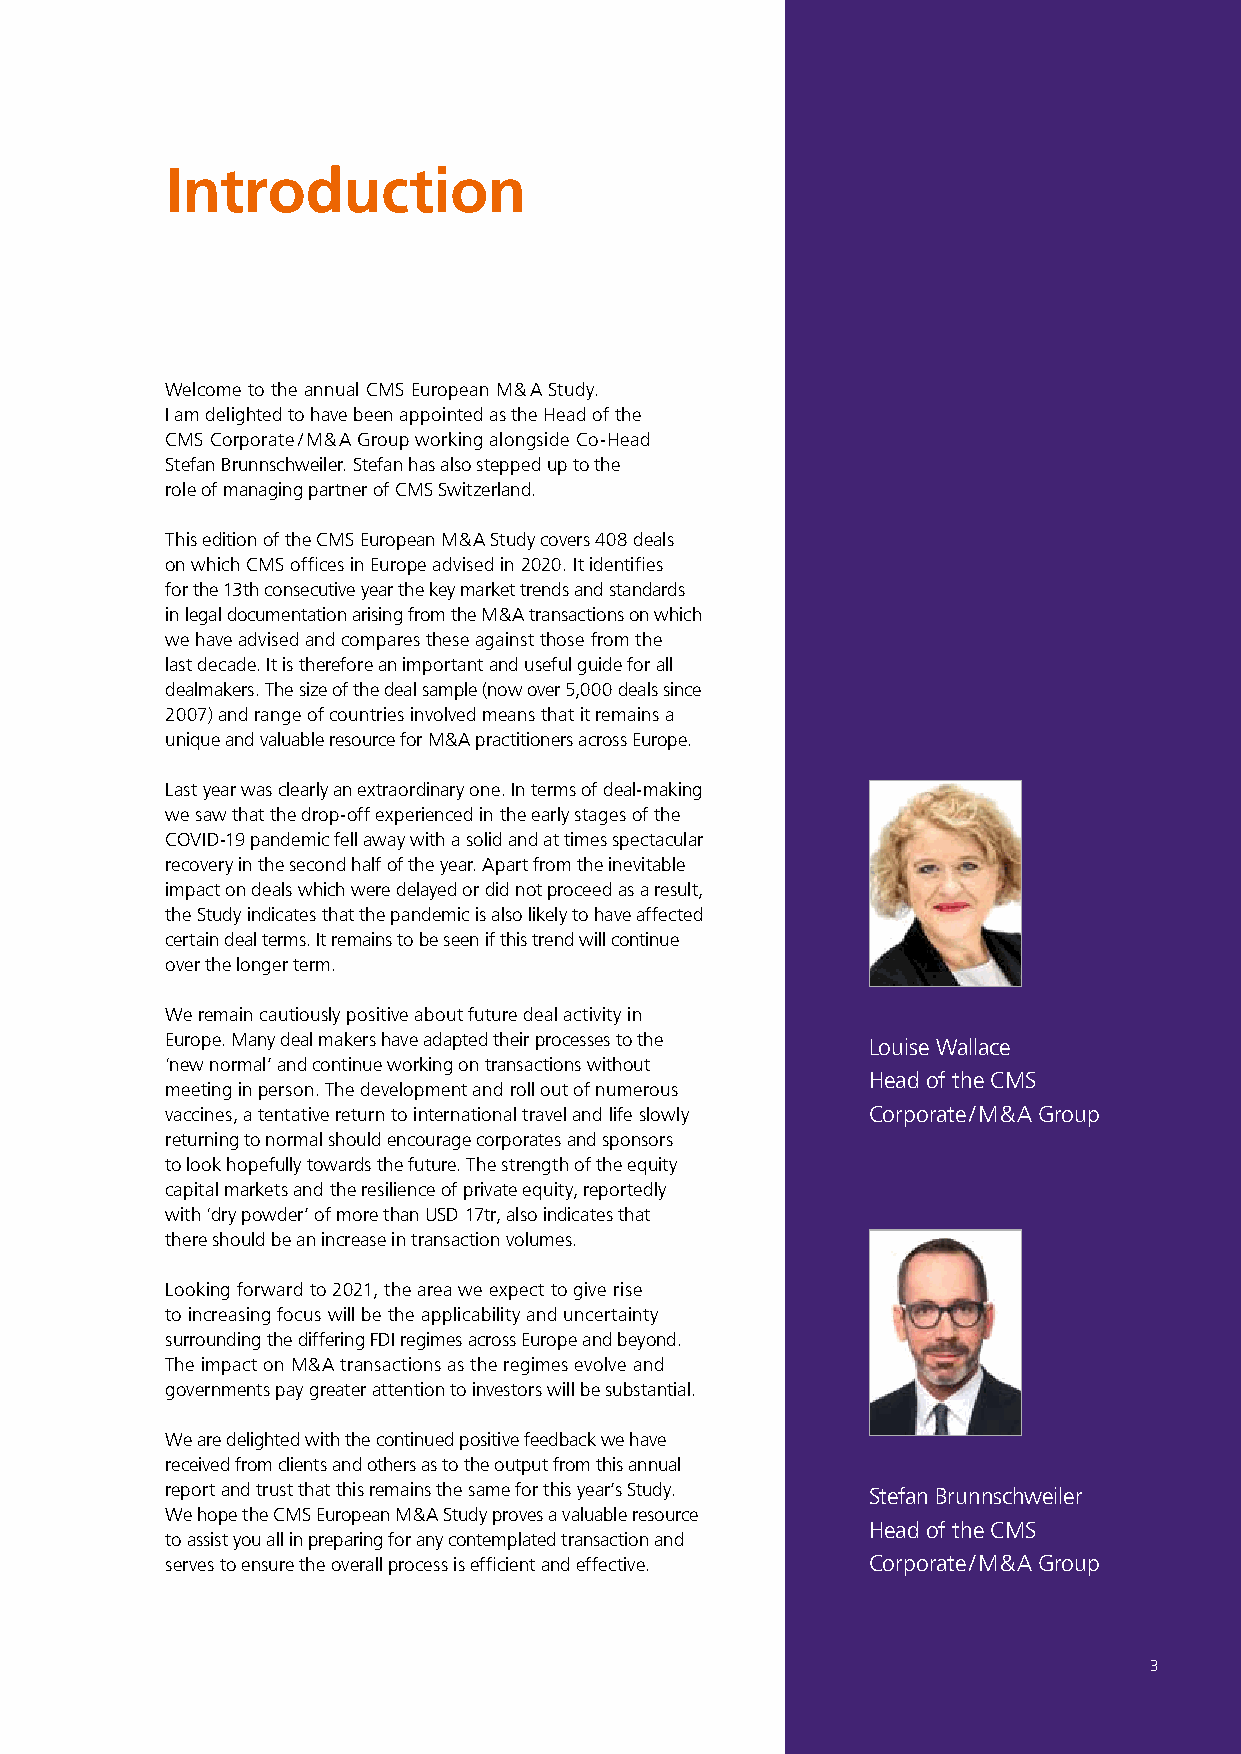
Introduction
 Welcome to the annual CMS European M & A Study.
 I am delighted to have been appointed as the Head of the
 CMS Corporate / M & A Group working alongside Co-Head
 Stefan Brunnschweiler. Stefan has also stepped up to the
 role of managing partner of CMS Switzerland.
 This edition of the CMS European M & A Study covers 408 deals
 on which CMS offices in Europe advised in 2020. It identifies
 for the 13th consecutive year the key market trends and standards
 in legal documentation arising from the M & A transactions on which
 we have advised and compares these against those from the
 last decade. It is therefore an important and useful guide for all
 dealmakers. The size of the deal sample (now over 5,000 deals since
 2007) and range of countries involved means that it remains a
 unique and valuable resource for M & A practitioners across Europe.
 Last year was clearly an extraordinary one. In terms of deal-making
 we saw that the drop-off experienced in the early stages of the
 COVID-19 pandemic fell away with a solid and at times spectacular
 recovery in the second half of the year. Apart from the inevitable
 impact on deals which were delayed or did not proceed as a result,
 the Study indicates that the pandemic is also likely to have affected
 certain deal terms. It remains to be seen if this trend will continue
 over the longer term.
 We remain cautiously positive about future deal activity in
 Europe. Many deal makers have adapted their processes to the Louise Wallace
 ‘new normal’ and continue working on transactions without
 Head of the CMS
 meeting in person. The development and roll out of numerous
 vaccines, a tentative return to international travel and life slowly Corporate / M & A Group
 returning to normal should encourage corporates and sponsors
 to look hopefully towards the future. The strength of the equity
 capital markets and the resilience of private equity, reportedly
 with ‘dry powder’ of more than USD 17tr, also indicates that
 there should be an increase in transaction volumes.
 Looking forward to 2021, the area we expect to give rise
 to increasing focus will be the applicability and uncertainty
 surrounding the differing FDI regimes across Europe and beyond.
 The impact on M&A transactions as the regimes evolve and
 governments pay greater attention to investors will be substantial.
 We are delighted with the continued positive feedback we have
 received from clients and others as to the output from this annual
 report and trust that this remains the same for this year’s Study. Stefan Brunnschweiler
 We hope the CMS European M & A Study proves a valuable resource
 Head of the CMS
 to assist you all in preparing for any contemplated transaction and
 serves to ensure the overall process is efficient and effective. Corporate / M & A Group
 3